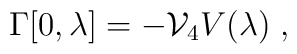
\Gamma[0,\lambda]=-{\cal V}_4V(\lambda)\;,